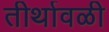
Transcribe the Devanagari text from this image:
तीर्थावळी